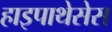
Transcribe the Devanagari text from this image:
हाइपाथेसेस